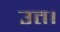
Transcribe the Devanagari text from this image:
उत।